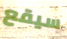
سيقع